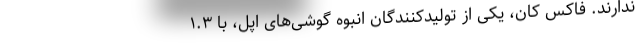
ندارند. فاکس کان، یکی از تولیدکنندگان انبوه گوشی‌های اپل، با ۱.۳